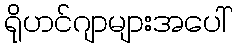
ရိုဟင်ဂျာများအပေါ်